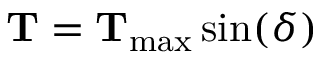
\mathbf { T } = \mathbf { T } _ { \mathrm { m a x } } \sin ( \delta )